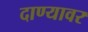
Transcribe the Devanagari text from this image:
दाण्यावर